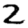
Digit: 2